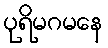
ပုရိမဂမနေ